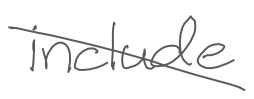
Text: include
Cross-out: diagonal
Writing tool: digital_gray